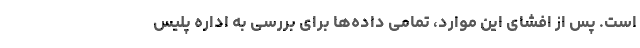
است. پس از افشای این موارد، تمامی داده‌ها برای بررسی به اداره پلیس